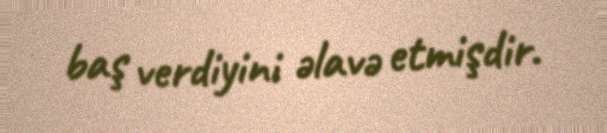
baş verdiyini əlavə etmişdir.